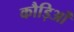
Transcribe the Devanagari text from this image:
कौड़िओं